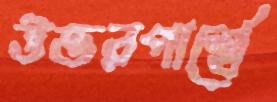
উত্তরপার্শ্বে